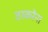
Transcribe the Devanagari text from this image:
ठाकरेंना